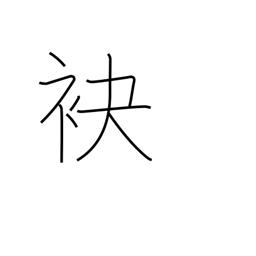
Meaning: foot (of hill)